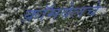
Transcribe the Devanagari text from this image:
क्रॉमवेलचे